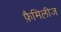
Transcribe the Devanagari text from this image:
फ़ैमिलीज